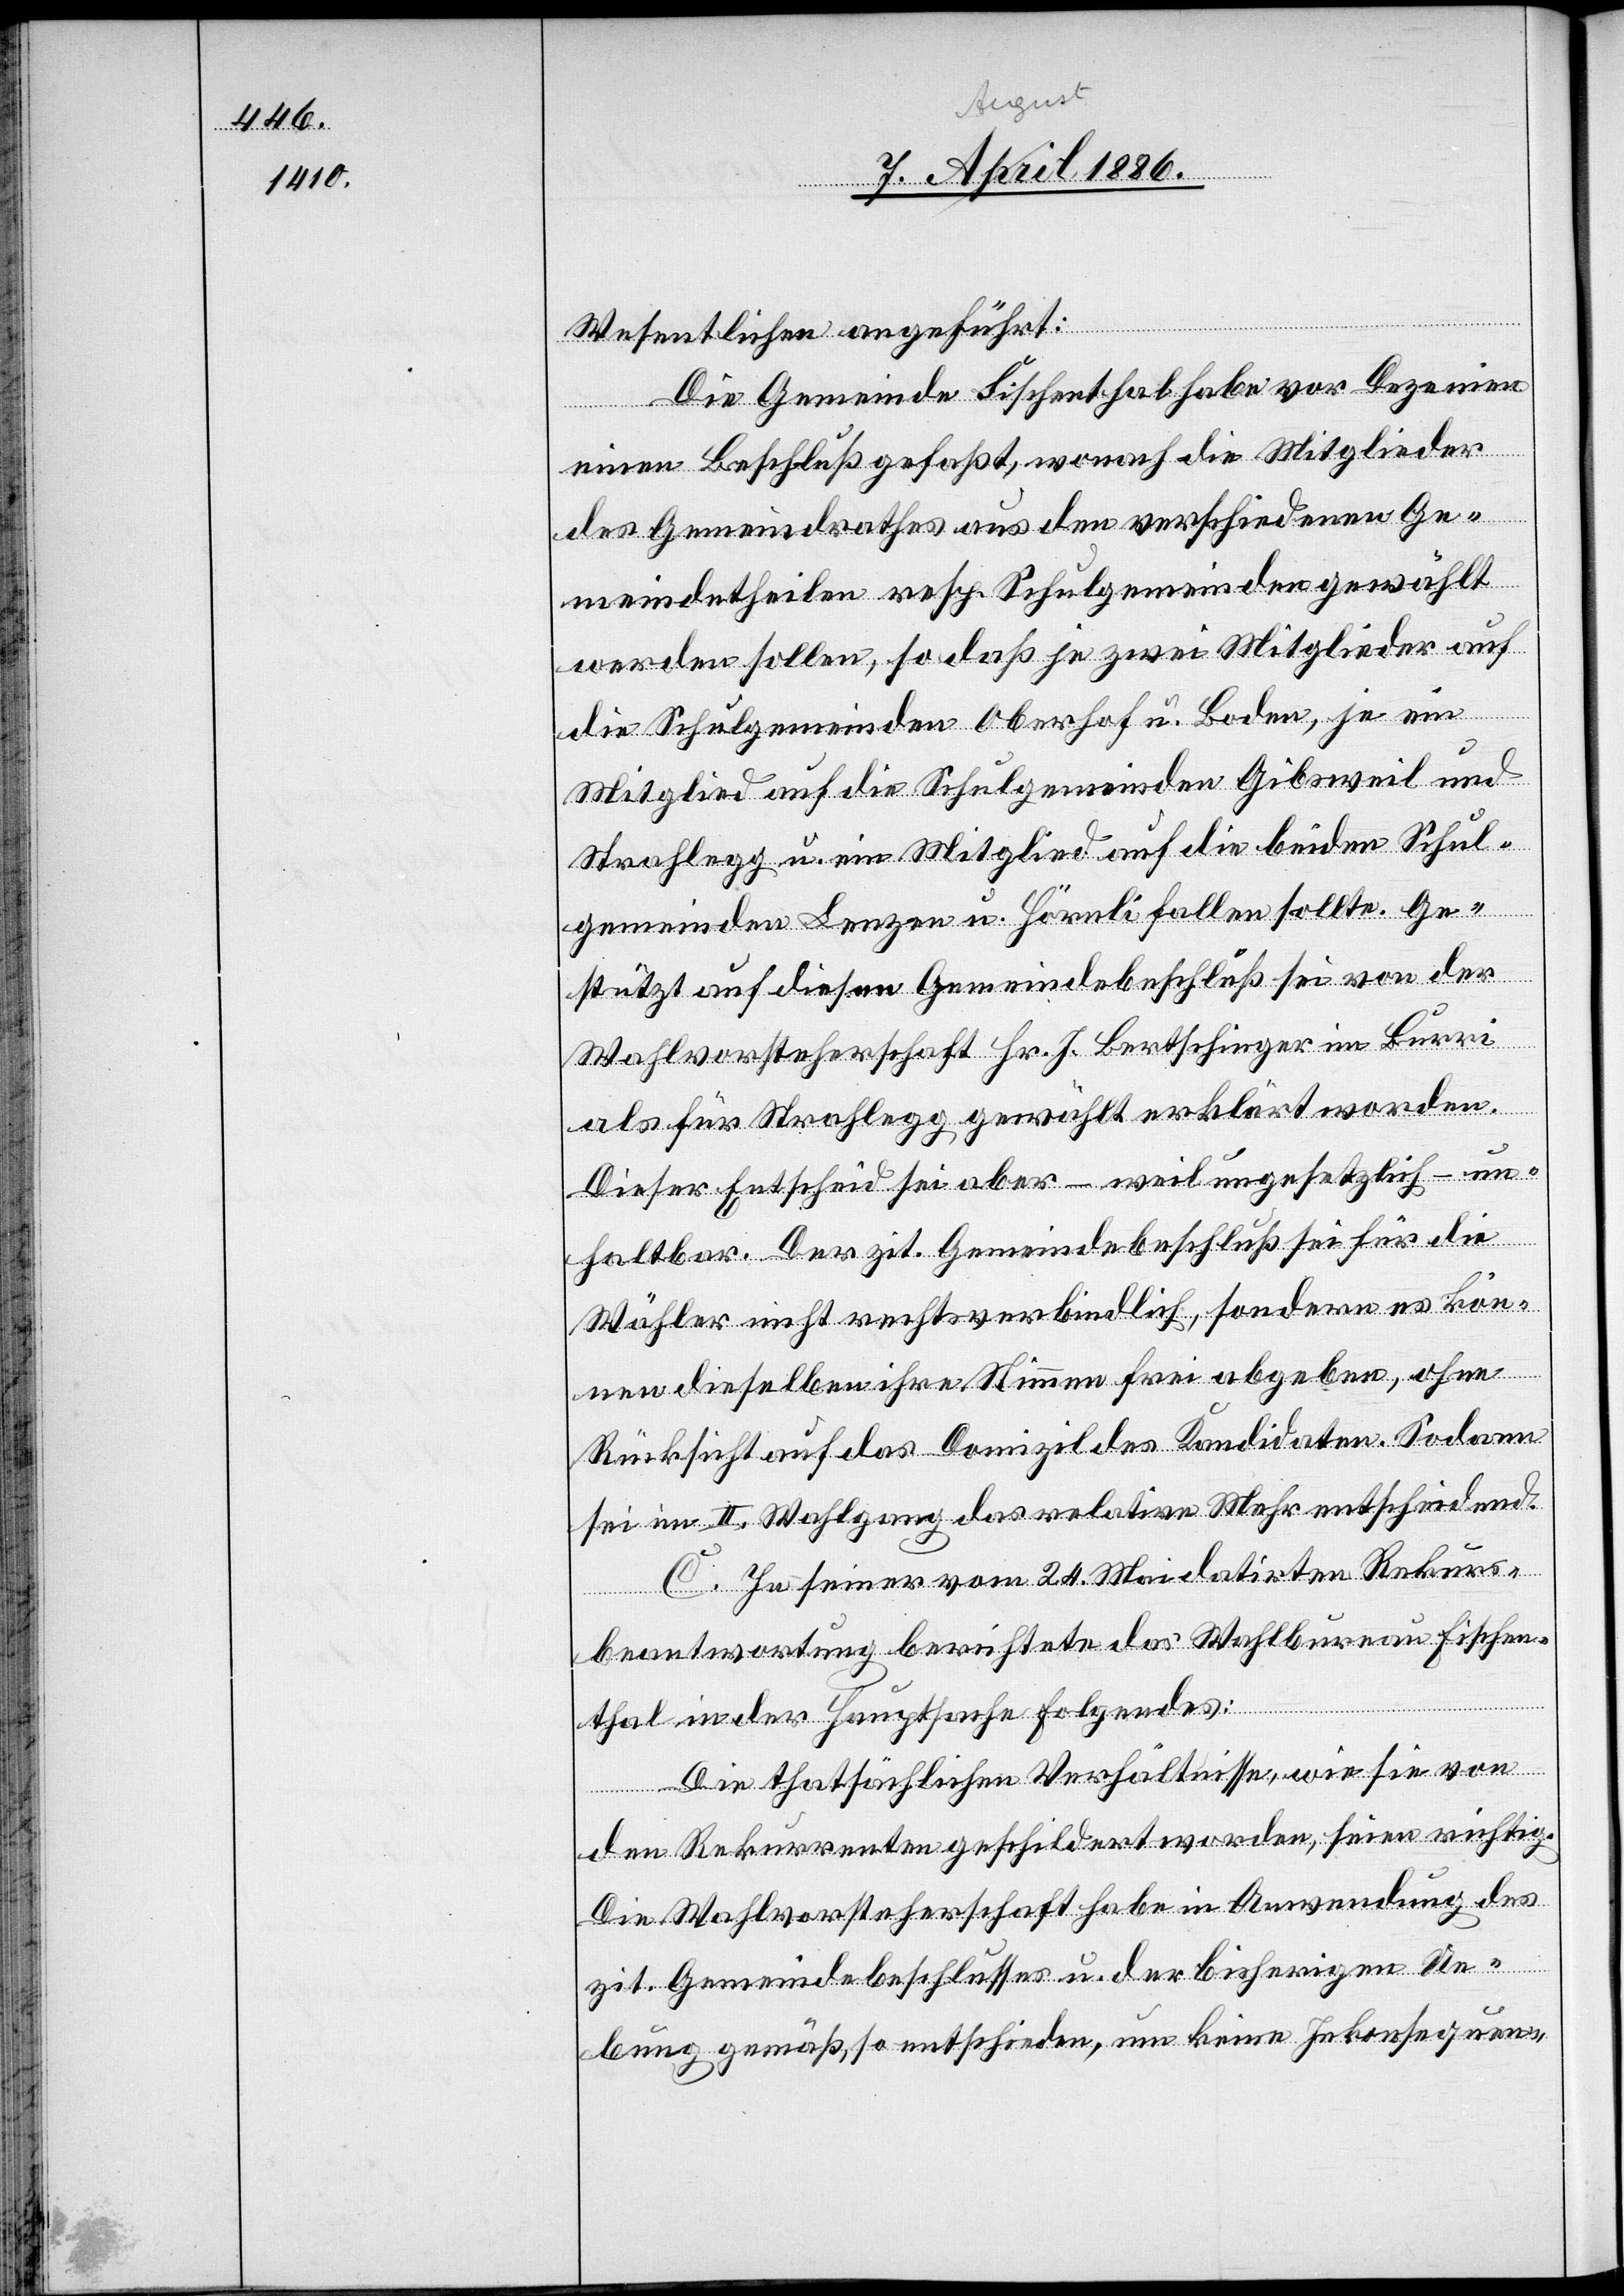
Wesentlichen angeführt:
Die Gemeinde Fischenthal habe vor Dezen[n]ien
einen Beschluß gefaßt, wonach die Mitglieder
des Gemeindrathes aus den verschiedenen Ge¬
meindetheilen resp. Schulgemeinden gewählt
werden sollen, so daß je zwei Mitglieder auf
die Schulgemeinden Oberhof u. Boden, je ein
Mitglied auf die Schulgemeinden Gibsweil und
Strahlegg u. ein Mitglied auf die beiden Schul¬
gemeinden Lenzen u. Hörnli fallen sollte. Ge¬
stützt auf diesen Gemeindebeschluß sei von der
Wahlvorsteherschaft Hr. J. Bertschinger im Burri
als für Strahlegg, gewählt erklärt worden.
Dieser Entscheid sei aber – weil ungesetzlich –un¬
haltbar. Der zit. Gemeindebeschluß sei für die
Wähler nicht rechtsverbindlich, sondern es kön¬
nen dieselben ihre Stimmen frei abgeben, ohne
Rücksicht auf das Domizil des Kandidaten. Sodann
sei im II. Wahlgang das relative Mehr entscheidend.
C. In seiner vom 24. Mai datirten Rekurs¬
beantwortung berichtete das Wahlbureau Fischen¬
thal in der Hauptsache Folgendes:
Die thatsächlichen Verhältnisse, wie sie von
den Rekurrenten geschildert worden, seien richtig.
Die Wahlvorsteherschaft habe in Anwendung des
zit. Gemeindebeschlusses u. der bisherigen Umge¬
bung gemäß, so entschieden, um keine Inkonsequen-